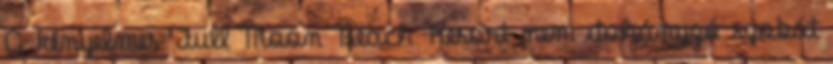
A kényelmes Full Moon Beach Resort nem dohányzó szobát